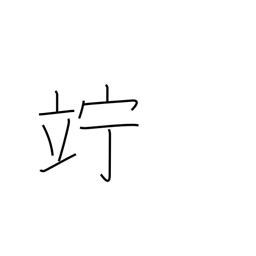
Meaning: linger